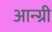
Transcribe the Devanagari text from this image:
आन्ग्री